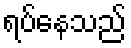
ရပ်နေသည်